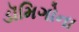
ડૉમિગોના